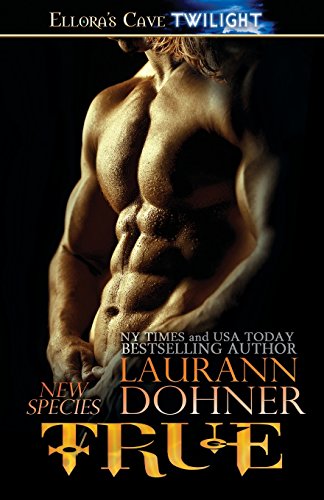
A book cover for TRUE; Laurann Dohner; Romance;